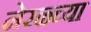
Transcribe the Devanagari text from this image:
नेरळ्च्या